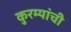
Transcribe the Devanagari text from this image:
कुरम्यांची